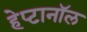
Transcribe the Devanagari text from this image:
हेप्टानॉल